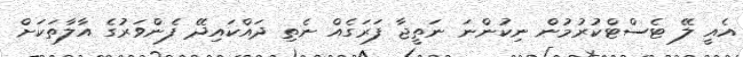
އެއީ ލޭ ޓެސްޓްކުރުމުން ނިކުންނަ ނަތީޖާ ފަރަގެއް ނެތި ދައްކައިދޭ ފެންވަރުގެ އާލާތަކަށް